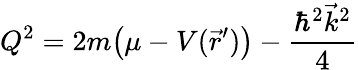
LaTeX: {Q^{2}=2m\big(\mu-V(\vec{r}^{\prime})\big)-\frac{\hbar^{2}\vec{k}^{2}}{4}}